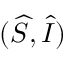
( \widehat { S } , \widehat { I } )